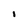
Character: I